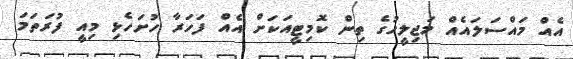
އެއް މައްސަލައެއް މަޖިލީހުގެ ތިން ކޮމިޓީއަކަށް އެއް ފަހަރާ ހުށަހެޅި މިއީ ފުރަތަމަ